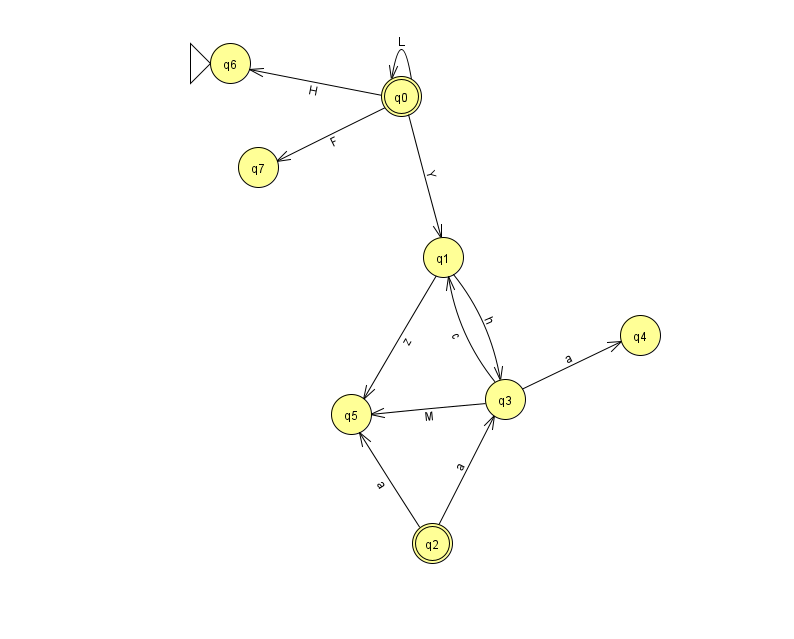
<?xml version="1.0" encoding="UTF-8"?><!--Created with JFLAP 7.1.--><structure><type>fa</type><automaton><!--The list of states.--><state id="0" name="q0"><x>401.0</x><y>83.0</y><final/></state><state id="1" name="q1"><x>443.0</x><y>244.0</y></state><state id="2" name="q2"><x>432.0</x><y>530.0</y><final/></state><state id="3" name="q3"><x>505.0</x><y>386.0</y></state><state id="4" name="q4"><x>640.0</x><y>322.0</y></state><state id="5" name="q5"><x>351.0</x><y>401.0</y></state><state id="6" name="q6"><x>230.0</x><y>50.0</y><initial/></state><state id="7" name="q7"><x>258.0</x><y>154.0</y></state><!--The list of transitions.--><transition><from>1</from><to>5</to><read>z</read></transition><transition><from>2</from><to>3</to><read>a</read></transition><transition><from>3</from><to>5</to><read>M</read></transition><transition><from>0</from><to>1</to><read>Y</read></transition><transition><from>3</from><to>4</to><read>a</read></transition><transition><from>3</from><to>1</to><read>c</read></transition><transition><from>0</from><to>7</to><read>F</read></transition><transition><from>0</from><to>0</to><read>L</read></transition><transition><from>1</from><to>3</to><read>h</read></transition><transition><from>0</from><to>6</to><read>H</read></transition><transition><from>2</from><to>5</to><read>a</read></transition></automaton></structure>